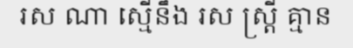
រស ណា ស្មើនឹង រស ស្ត្រី គ្មាន